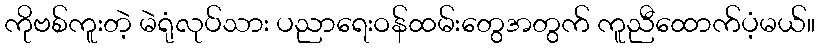
ကိုဗစ်ကူးတဲ့ မဲရုံလုပ်သား ပညာရေးဝန်ထမ်းတွေအတွက် ကူညီထောက်ပံ့မယ်။